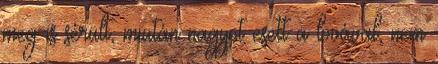
meg is sérült, miután nagyot esett a lovával, nem